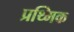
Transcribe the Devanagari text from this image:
प्रथ्मिक